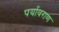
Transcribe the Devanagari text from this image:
पर्यावराण